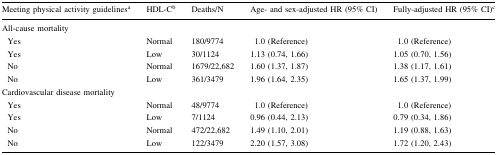
<table><thead><tr><td><b>Meeting physical activity guidelines<sup>a</sup></b></td><td><b>HDL-C<sup>b</sup></b></td><td><b>Deaths/N</b></td><td><b>Age- and sex-adjusted HR (95% CI)</b></td><td><b>Fully-adjusted HR (95% CI)<sup>c</sup></b></td></tr></thead><tbody><tr><td colspan="5">All-cause mortality</td></tr><tr><td> Yes</td><td>Normal</td><td>180/9774</td><td>1.0 (Reference)</td><td>1.0 (Reference)</td></tr><tr><td> Yes</td><td>Low</td><td>30/1124</td><td>1.13 (0.74, 1.66)</td><td>1.05 (0.70, 1.56)</td></tr><tr><td> No</td><td>Normal</td><td>1679/22,682</td><td>1.60 (1.37, 1.87)</td><td>1.38 (1.17, 1.61)</td></tr><tr><td> No</td><td>Low</td><td>361/3479</td><td>1.96 (1.64, 2.35)</td><td>1.65 (1.37, 1.99)</td></tr><tr><td colspan="5">Cardiovascular disease mortality</td></tr><tr><td> Yes</td><td>Normal</td><td>48/9774</td><td>1.0 (Reference)</td><td>1.0 (Reference)</td></tr><tr><td> Yes</td><td>Low</td><td>7/1124</td><td>0.96 (0.44, 2.13)</td><td>0.79 (0.34, 1.86)</td></tr><tr><td> No</td><td>Normal</td><td>472/22,682</td><td>1.49 (1.10, 2.01)</td><td>1.19 (0.88, 1.63)</td></tr><tr><td> No</td><td>Low</td><td>122/3479</td><td>2.20 (1.57, 3.08)</td><td>1.72 (1.20, 2.43)</td></tr></tbody></table>